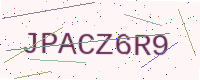
Text: JPACZ6R9